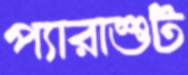
প্যারাশুট